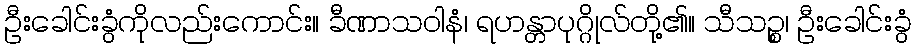
ဦးခေါင်းခွံကိုလည်းကောင်း။ ခီဏာသဝါနံ၊ ရဟန္တာပုဂ္ဂိုလ်တို့၏။ သီသဉ္စ၊ ဦးခေါင်းခွံ